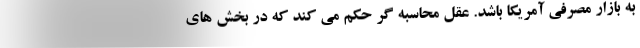
به بازار مصرفی آمریکا باشد. عقل محاسبه گر حکم می کند که در بخش های